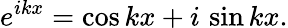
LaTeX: e^{ikx}=\cos kx+i\, \sin kx.